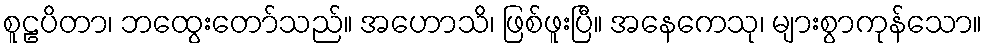
စူဠပိတာ၊ ဘထွေးတော်သည်။ အဟောသိ၊ ဖြစ်ဖူးပြီ။ အနေကေသု၊ များစွာကုန်သော။